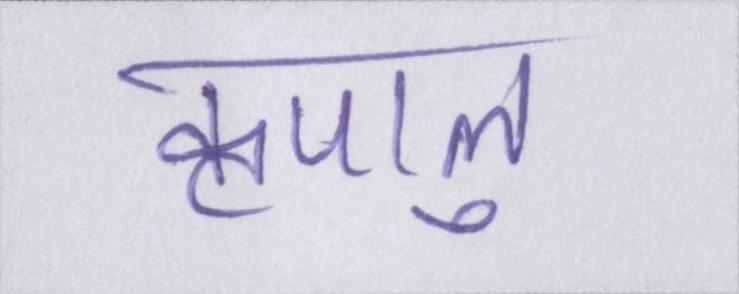
कृपालु